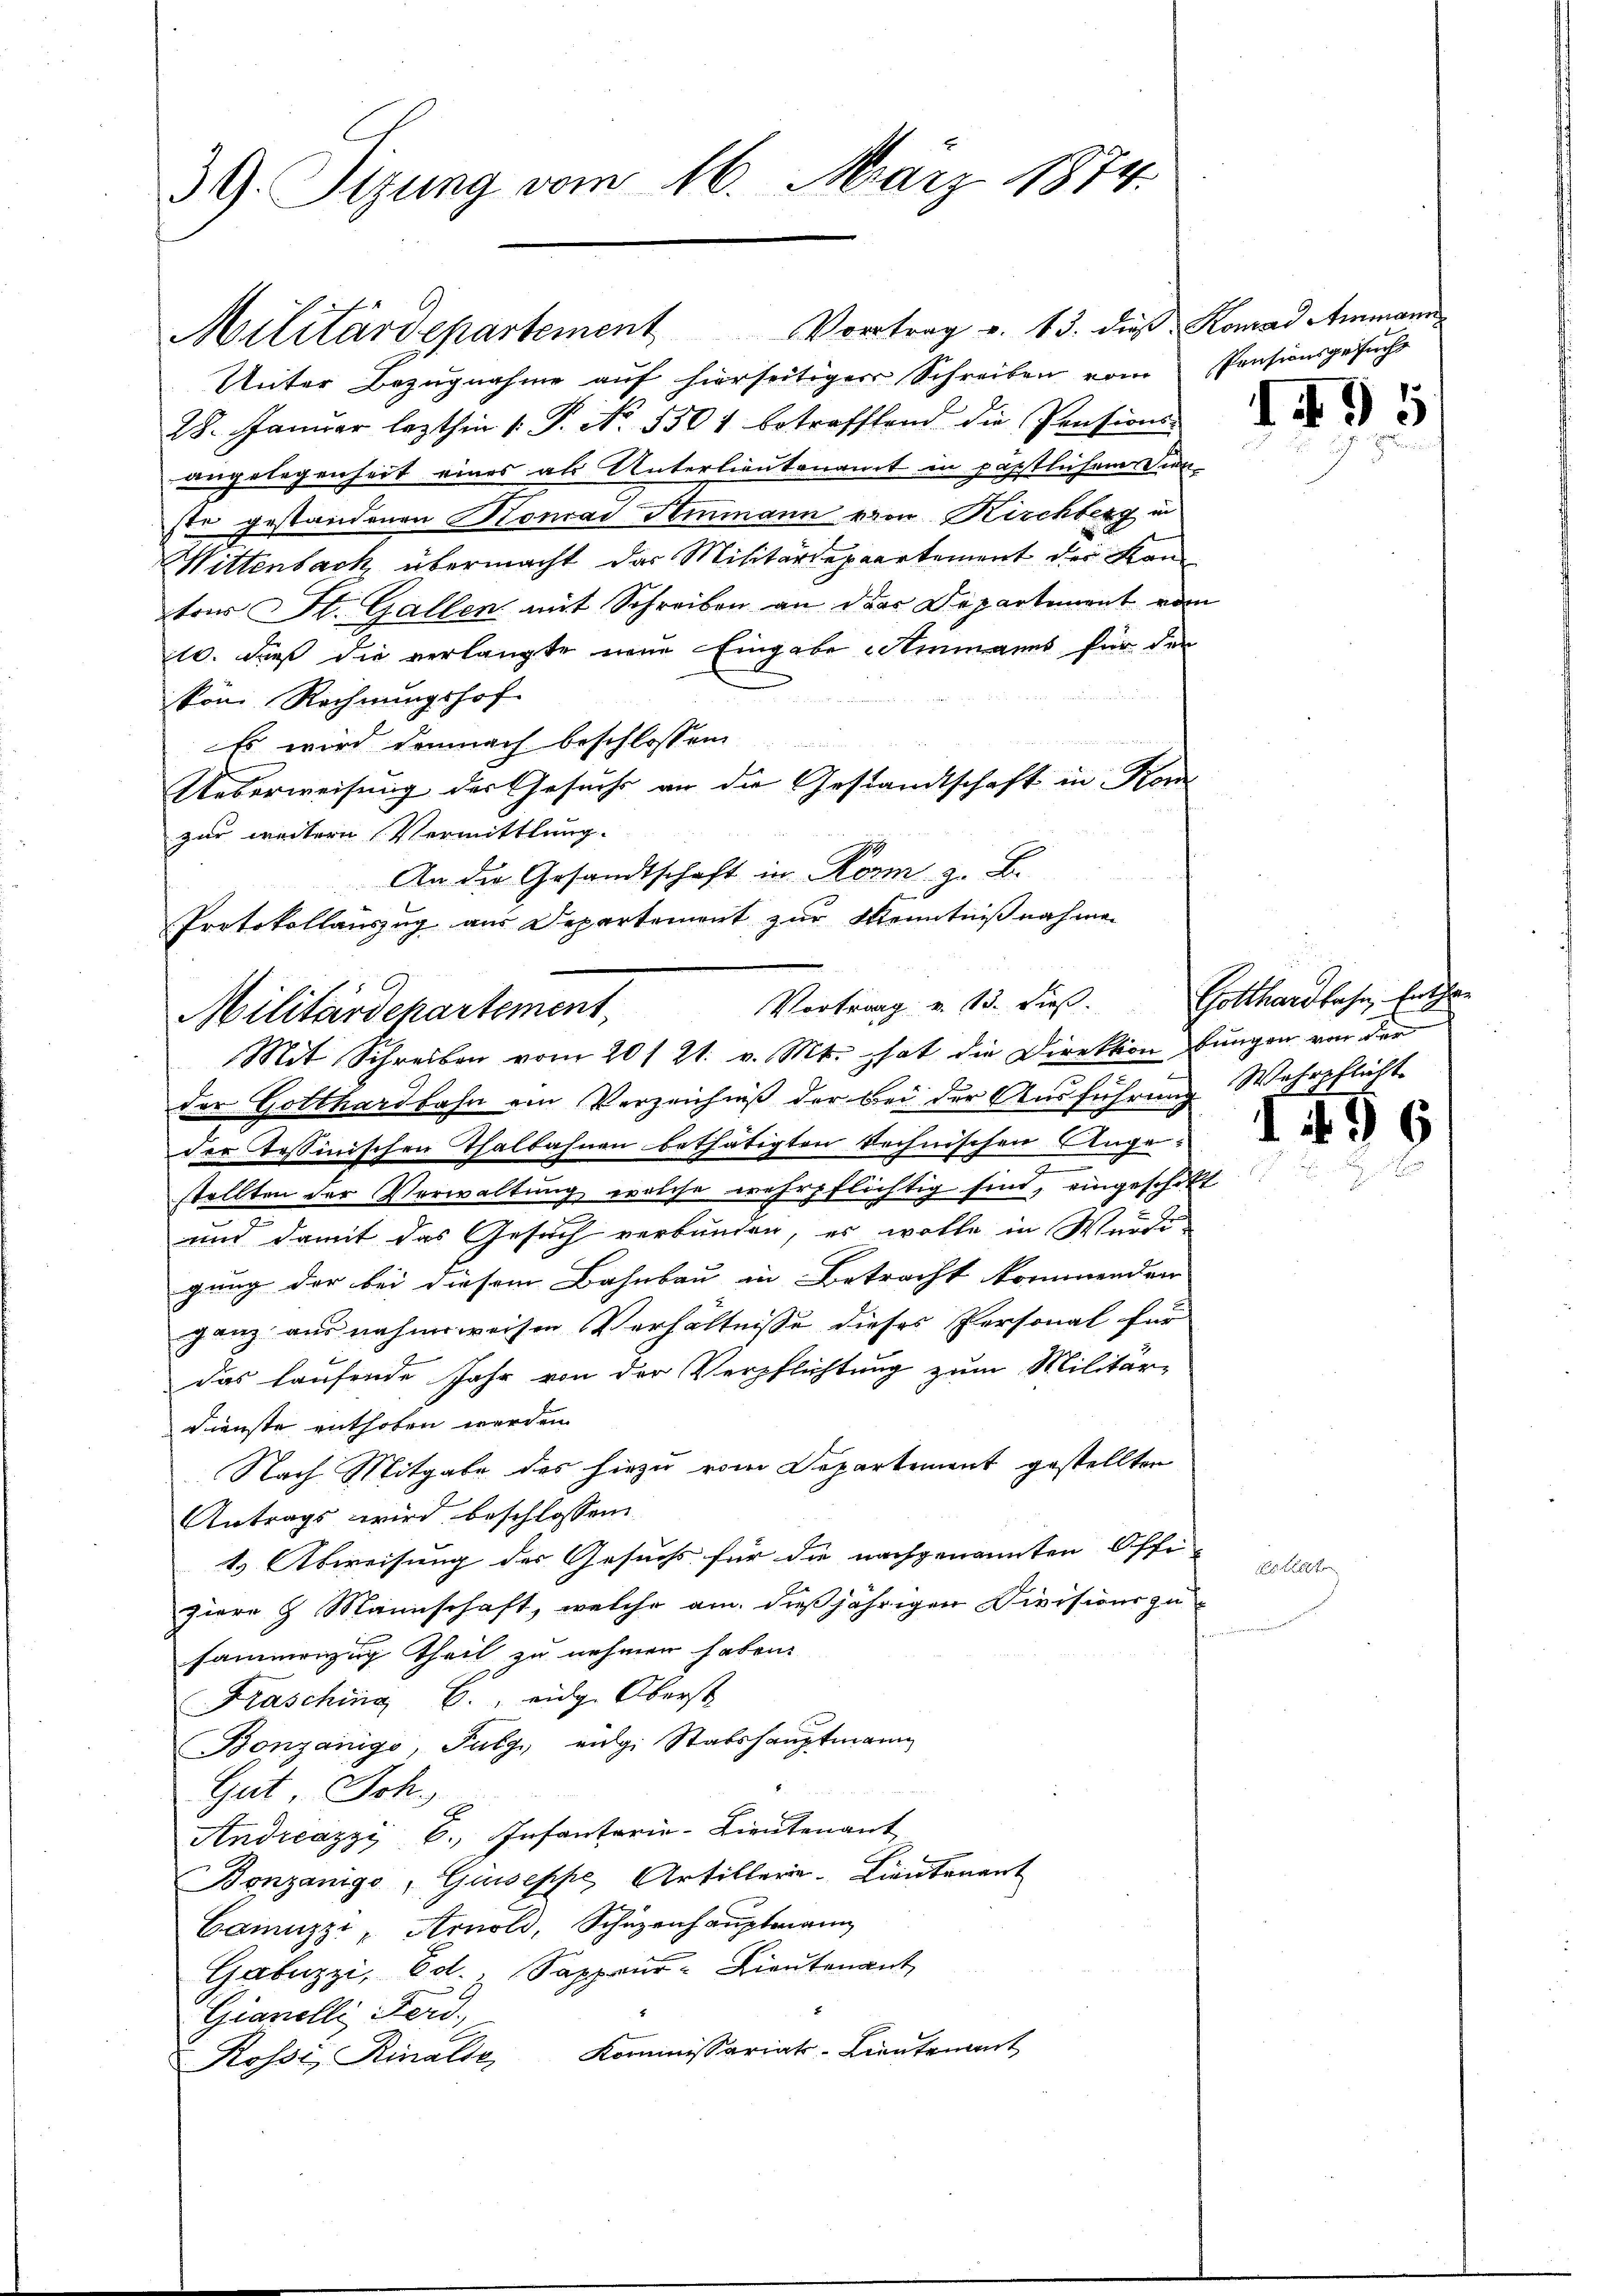
39. Tizung vom 16. März 1874.

Militärdepartement Vortrag v. 13. dieß Konrad Ammann
Unter Bezugnahme auf hierseitiger Schreiben vom Pensionsgesucht
28. Januar lezthin 1. P. No. 5504 betreffend die Pensions-
angelegenheit eines als Unterlieutenamt in päpstlichenrein-
ste gestandenen Honrad Ammann von Kirchberg in
Wittenbach übermacht das Militärdepaartement der Kon
tor St. Gallen mit Schreiben an das Departement von
10. dieß die verlangte neue Eingabe Stenmanns für den
kön. Rechnungshof
o wird demnach beschlossen
Ueberweisung der Gesuchs an die Gestandtschaft in Kon
zur weitern Vermittlung.
An die Gesandtschaft in Korm z. B.
Protokollauszug aus Departement zur Kenntnißnahmen

Vortrag v. 13. dieß.
Militärdepartement

Mit Schreiben vom 20t 21. v. Mt. hat die Direktion bungen von der
der Gotthardbahn ein Verzeichniß der bei der Ausführung Wehrpflicht
der Tessinischen Thalbahnen bethätigten Rechnischen Ange¬

stellten der Verwaltung welche wehrpflichtig sind, eingeschikt
und damit das Gesuch verbunden, es wolle in Wurde
gung der bei diesem Bahnbau in Betracht kommenden
ganz ausnahmsweisen Verhältnisse dieses Personal für
das laufende Jahr von der Verpflichtung zum Militär-
Dienste enthoben werden.
Nach Mitgabe des hiezu vom Departement gestellten
Antrags wird beschlossen
1.) Abweisung des Gesuchs für die nachgenannten Offi- |
ziere 8 Mannschaft, welche am dießjährigen Divisions zu-
sammenzung Theil zu nehmen haben.
Krasching C. eidg. Oberst
Bonzanigo, Fulge eige Stabshauptmann
Gut Joh.
Andreazzi 6., Infanterie-Lieutenant
Bonzanigo, Giuseppe Artillerie-Lieutenant
Caiuzzi " Arnold, Schüzenhauptmann
Gabuzzi, Ed. Sappeur-Lieutenant
Gianelli Ferd.
Kossi, Rinalse Kommissariats-Lieutenant

d

.

.

Gotthardbahn, Entha¬

s

2 Fr

1)